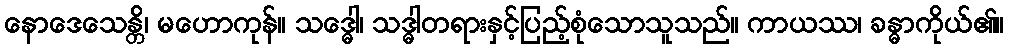
နောဒေသေန္တိ၊ မဟောကုန်။ သဒ္ဓေါ၊ သဒ္ဓါတရားနှင့်ပြည့်စုံသောသူသည်။ ကာယဿ၊ ခန္ဓာကိုယ်၏။